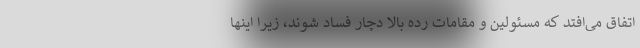
اتفاق می‌افتد که مسئولین و مقامات رده بالا دچار فساد شوند، زیرا اینها